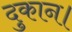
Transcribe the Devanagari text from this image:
दुकान।